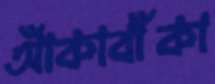
আঁকাবাঁকা